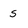
Character: s